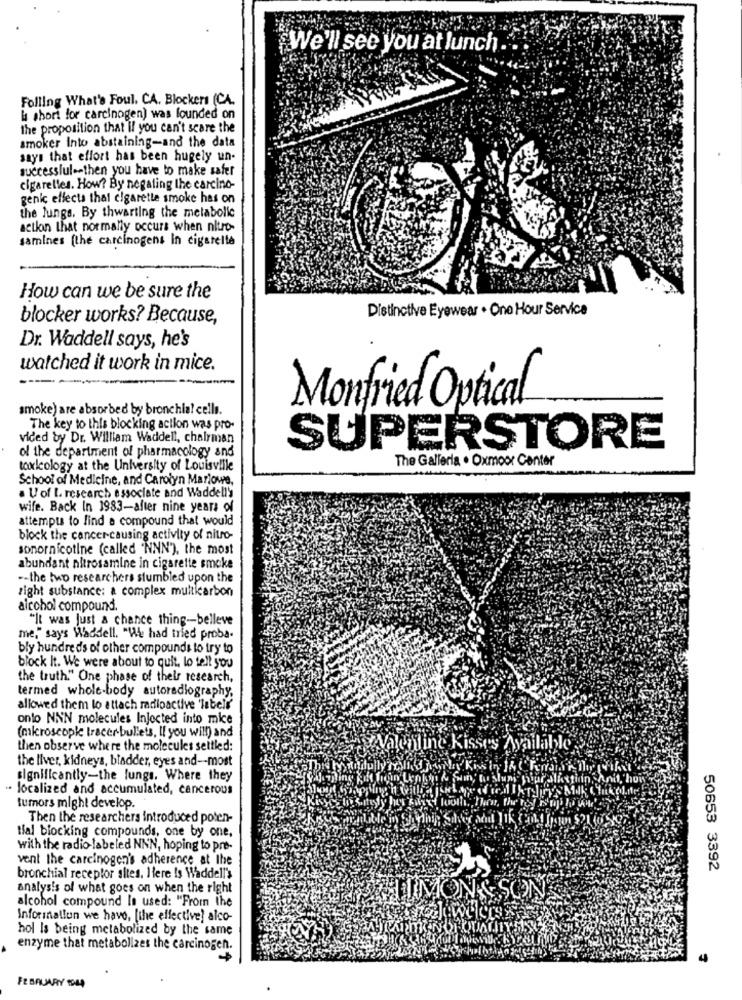
"We'll see you at lunch .
Folling What's Foul. CA. Blockers (CA.
la short for carcinogen) was founded on
the proposition that if you can't scare the
smoker Into abstaining-and the data
says that effort has been hugely un-
successlule then you have to make safer
cigarelles. How? By negating the carcino-
genic effects that cigarette smoke has on
the lungs. By thwarting the metabolic
action that normally occurs when nitro-
samines [the carcinogens In cigarette
How can we be sure the
Distinctive Eyewear . One Hour Service
blocker works? Because,
Dr. Waddell says, he's
watched it work in mice.
smoke) are absorbed by bronchia! cells.
Monfried Optical
The key to this blocking action was pro-
vided by Dr. William Waddell, chairman
of the department of pharmacology and
SUPERSTORE
The Galleria . Oxmoor Center
toxicology at the University of Louisville
School of Medicine, and Carolyn Mariowe,
. U of L. research associate and Waddelly
wife. Back In 1983-after nine years of
attempts to find a compound that would
block the cancer-causing activity of nitro-
sonornicotine (called 'NNN'), the most
abundant nitrosamine in cigarette smoke
-- the two researchers stumbled upon the
right substance: a complex multicarbon
alcohol compound.
"It was Just a chance thing-belleve
me," says Waddell. "WA had tried proba-
bly hundreds of other compounds to try to
block It. We were about to quit, lo tell you
the truth." One phase of their research,
termed whole-body autoradiography,
allowed them lo attach radioactive 'labell'
onto NNN molecules Injected into mice
(microscopic tracer bullets, If you will) and
then observe where the molecules settled:
" Kisses Available
the liver, kidneys, bladder, eyes and -- most
significantly-the lungs. Where they
Sun
A sluni four alist
localized and accumulated, cancerous
tumors might develop.
Then the researchers introduced poten-
tial blocking compounds, one by one.
with the radio labeled NNN, hoping to pre-
vent the carcinogen's adherence at the
50653 3392
bronchial receptor sites. Here Is Waddell's
analysis of what goes on when the right
alcohol compound Is used: "From the
Information we have, [the effective] alco-
hol Is being metabolized by the same
enzyme that metabolizes the carcinogen.
4
FEBRUARY 1944